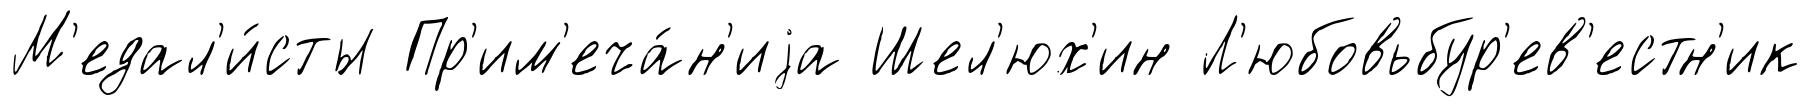
М'едал'и́сты Пр'им'еча́н'иjа Шел'юх'ин Л'юбовьбур'ев'естн'ик